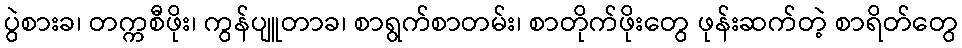
ပွဲစားခ၊ တက္ကစီဖိုး၊ ကွန်ပျူတာခ၊ စာရွက်စာတမ်း၊ စာတိုက်ဖိုးတွေ ဖုန်းဆက်တဲ့ စာရိတ်တွေ